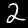
Label: 2